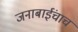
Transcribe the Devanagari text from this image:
जनाबाईंचाच